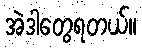
အဲဒါတွေရတယ်။